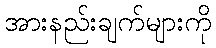
အားနည်းချက်များကို